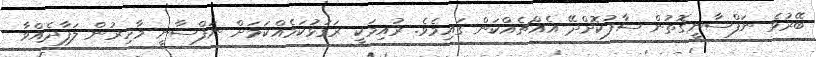
ބޭރުވެ ނަފްސާނީގޮތުން ސާފުކޮށްދޭ އެއްޗެއްކަން ގައިމެވެ. ރުއިމަކީ ރަގަޅުކަމެއްކަމަށް ނަފްސާނީ މާހިރުން ލަފާދެއްވާ